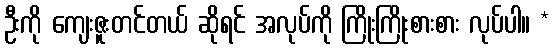
ဦးကို ကျေးဇူးတင်တယ် ဆိုရင် အလုပ်ကို ကြိုးကြိုးစားစား လုပ်ပါ။ *